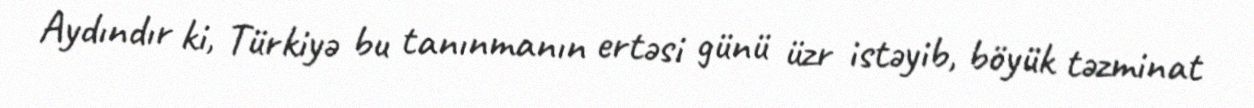
Aydındır ki, Türkiyə bu tanınmanın ertəsi günü üzr istəyib, böyük təzminat